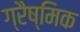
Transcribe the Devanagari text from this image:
ग्रैष्मिक